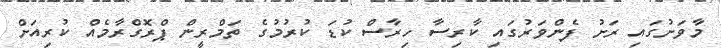
މާވަށުގައި ރަށު ފެންވަރުގައި ކާރިސާ ހިރާސް ކުޑަ ކުރުމުގެ ތަމްރީން ޕްރޮގްރާމެއް ކުރިއަށް